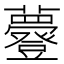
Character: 𧄼